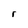
Character: r